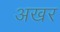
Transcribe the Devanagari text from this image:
अखर